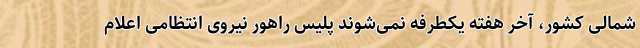
شمالی کشور، آخر هفته یکطرفه نمی‌شوند پلیس راهور نیروی انتظامی اعلام